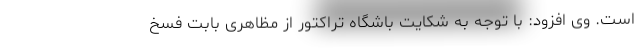
است. وی افزود: با توجه به شکایت باشگاه تراکتور از مظاهری بابت فسخ